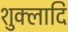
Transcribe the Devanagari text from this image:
शुक्लादि